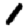
Digit: 1